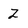
Character: Z